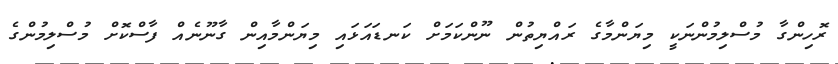
ރޮހިންގާ މުސްލިމުންނަކީ މިޔަންމާގެ ރައްޔިތުން ނޫންކަމަށް ކަނޑައަޅައި މިޔަންމާއިން ގާނޫނެއް ފާސްކޮށް މުސްލިމުންގެ